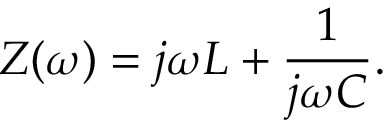
Z ( \omega ) = j \omega L + { \frac { 1 } { j \omega C } } .